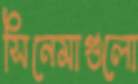
সিনেমাগুলো